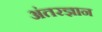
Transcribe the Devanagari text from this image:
अंतरज्ञान